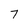
Character: 7